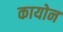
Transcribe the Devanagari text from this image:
कायोन